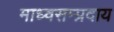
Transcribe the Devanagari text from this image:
माध्वसम्प्रदाय